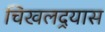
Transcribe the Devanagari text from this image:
चिखलदर्‍यास